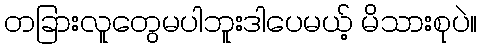
တခြားလူတွေမပါဘူးဒါပေမယ့် မိသားစုပဲ။